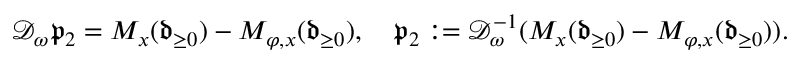
\begin{array} { r } { \mathcal { D } _ { \omega } \mathfrak { p } _ { 2 } = M _ { x } ( \mathfrak { d } _ { \ge 0 } ) - M _ { \varphi , x } ( \mathfrak { d } _ { \ge 0 } ) , \quad \mathfrak { p } _ { 2 } : = \mathcal { D } _ { \omega } ^ { - 1 } ( M _ { x } ( \mathfrak { d } _ { \ge 0 } ) - M _ { \varphi , x } ( \mathfrak { d } _ { \ge 0 } ) ) . } \end{array}